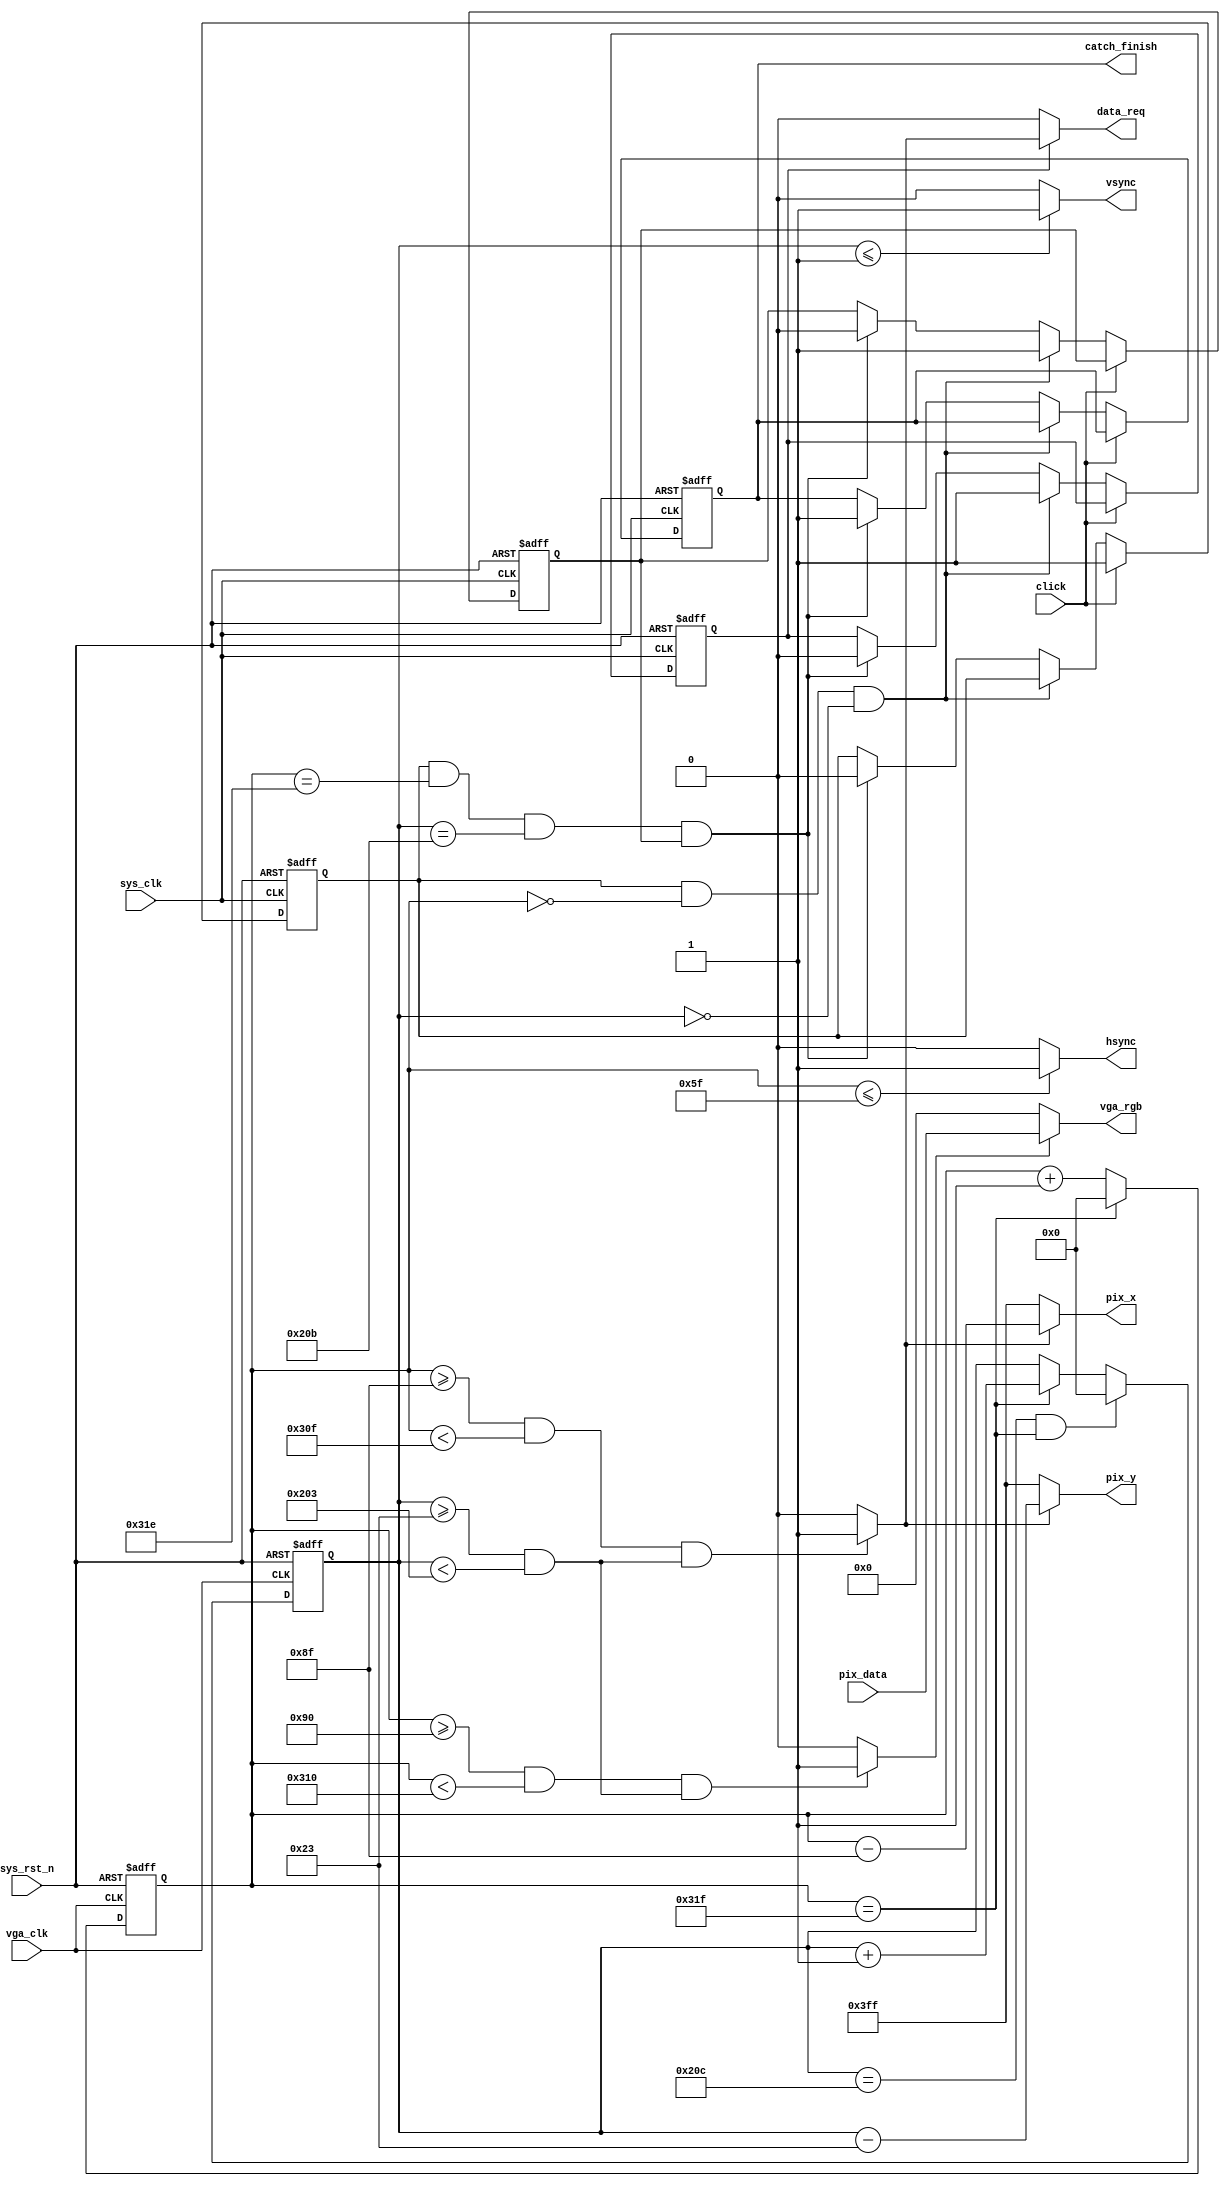
`timescale  1ns/1ns

module vga_ctrl (
    input wire             sys_clk,
	 input wire             vga_clk,
    input wire             sys_rst_n,
    input wire   [15:0]    pix_data,
    input wire             click,

    //output reg             catch_valid,
	 output reg             catch_finish,//
    output wire            data_req,   //
    output wire  [9:0]     pix_x,
    output wire  [9:0]     pix_y,
    output wire            hsync,
    output wire            vsync,
    output wire  [15:0]    vga_rgb
);


//parameter define
parameter H_SYNC    =   10'd96  ,   //
          H_BACK    =   10'd40  ,   //
          H_LEFT    =   10'd8   ,   //
          H_VALID   =   10'd640 ,   //
          H_RIGHT   =   10'd8   ,   //
          H_FRONT   =   10'd8   ,   //
          H_TOTAL   =   10'd800 ;   //

parameter V_SYNC    =   10'd2   ,   //
          V_BACK    =   10'd25  ,   //
          V_TOP     =   10'd8   ,   //
          V_VALID   =   10'd480 ,   //
          V_BOTTOM  =   10'd8   ,   //
          V_FRONT   =   10'd2   ,   //
          V_TOTAL   =   10'd525 ;   //

   
//wire  define
wire            rgb_valid       ;   //VGA
wire            pix_data_req    ;   //
       

//reg   define
reg    [9:0]    cnt_h;              //
reg    [9:0]    cnt_v;              //
reg             my_click;           //
reg             catch;              //
reg             catch_valid;

//
//always@(posedge sys_clk or negedge sys_rst_n)
//    if(sys_rst_n == 1'b0)
//        my_click <= 1'd0;
//    else if(click==1'b1)
//        my_click <= 1'd1;

//
always@(posedge sys_clk or negedge sys_rst_n)
    if(sys_rst_n == 1'b0)
        begin
            catch_valid <= 1'd0;
            catch <= 1'd0;
				my_click <= 1'd0;
				catch_finish <= 1'd0;
        end
	 else if(click==1'b1)
        my_click <= 1'd1;	  
    else if(my_click==1'b1 && cnt_h==1'b0 && cnt_v==1'b0)
        begin
            catch_valid <= 1'd1;
            catch <= 1'd1;
        end
    else if(my_click==1'b1 && cnt_h==H_TOTAL - 2'd2 && cnt_v==V_TOTAL - 2'd2 && catch==1'b1 )
        begin
            catch_valid <= 1'd0;
            catch <= 1'd0;
            my_click <= 1'd0;
				catch_finish <= 1'd1;
        end

		  
		  
//
assign data_req = catch_valid ? pix_data_req : 1'b0;


//
always@(posedge vga_clk or negedge sys_rst_n)
    if(sys_rst_n == 1'b0)
        cnt_h <= 10'd0;
    else if(cnt_h == H_TOTAL - 1'b1)
        cnt_h <= 10'd0;
    else
        cnt_h <= cnt_h + 1'b1;

//
always@(posedge vga_clk or negedge sys_rst_n)
    if(sys_rst_n == 1'b0)
        cnt_v <= 10'd0;
    else    if((cnt_v == V_TOTAL - 1'd1) &&  (cnt_h == H_TOTAL-1'd1))
        cnt_v   <=  10'd0 ;
    else    if(cnt_h == H_TOTAL - 1'd1)
        cnt_v   <=  cnt_v + 1'd1 ;
    else
        cnt_v   <=  cnt_v ;

//rgb_valid:VGA
assign  rgb_valid = (((cnt_h >= H_SYNC + H_BACK + H_LEFT)
                    && (cnt_h < H_SYNC + H_BACK + H_LEFT + H_VALID))
                    &&((cnt_v >= V_SYNC + V_BACK + V_TOP)
                    && (cnt_v < V_SYNC + V_BACK + V_TOP + V_VALID)))
                    ? 1'b1 : 1'b0;

						  
assign  pix_data_req = (((cnt_h >= H_SYNC + H_BACK + H_LEFT - 1'b1)
                    && (cnt_h < H_SYNC + H_BACK + H_LEFT + H_VALID - 1'b1))
                    &&((cnt_v >= V_SYNC + V_BACK + V_TOP)
                    && (cnt_v < V_SYNC + V_BACK + V_TOP + V_VALID)))
                    ? 1'b1 : 1'b0;

assign pix_x = (pix_data_req == 1'b1) ? (cnt_h - (H_SYNC + H_BACK + H_LEFT - 1'b1)) : 10'h3ff;

assign pix_y = (pix_data_req == 1'b1) ? (cnt_v - (V_SYNC + V_BACK + V_TOP)) : 10'h3ff;

//hsync:
assign  hsync = (cnt_h  <=  H_SYNC - 1'd1) ? 1'b1 : 1'b0  ;

//vsync:
assign  vsync = (cnt_v  <=  V_SYNC - 1'd1) ? 1'b1 : 1'b0  ;

//rgb:
assign  vga_rgb = (rgb_valid == 1'b1) ? pix_data : 16'b0 ;



endmodule